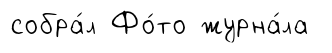
собра́л Фо́то журна́ла